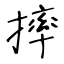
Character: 摔